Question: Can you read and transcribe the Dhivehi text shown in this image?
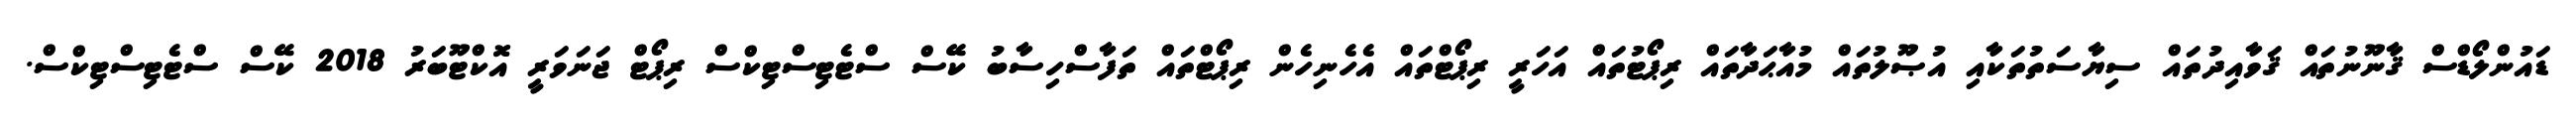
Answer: ޑައުންލޯޑްސް ޤާނޫނުތައް ޤަވާއިދުތައް ސިޔާސަތުތަކާއި އުޞޫލުތައް މުއާޙަދާތައް ރިޕޯޓުތައް އަހަރީ ރިޕޯޓްތައް އެހެނިހެން ރިޕޯޓްތައް ތަފާސްހިސާބު ކޭސް ސްޓެޓިސްޓިކްސް ރިޕޯޓް ޖަނަވަރީ އޮކްޓޫބަރު 2018 ކޭސް ސްޓެޓިސްޓިކްސް.